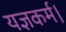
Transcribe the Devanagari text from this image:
यज्ञकर्म।